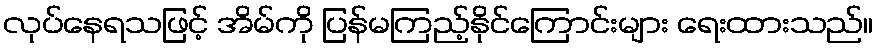
လုပ်နေရသဖြင့် အိမ်ကို ပြန်မကြည့်နိုင်ကြောင်းများ ရေးထားသည်။